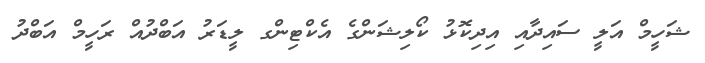
ޝަހީމް އަލީ ސައިދާއި އިދިކޮޅު ކޯލިޝަންގެ އެކްޓިންގ ލީޑަރު އަބްދުއް ރަހީމް އަބްދު